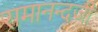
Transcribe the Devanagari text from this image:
रामानन्दजी